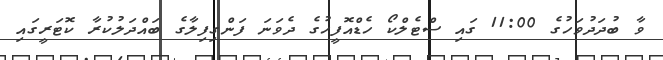
ވާ ބުދަދުވަހުގެ 11:00 ގައި ސްޓެލްކޯ ހެޑްއޮފީހުގެ ދެވަނަ ފަންގިފިލާގެ ބައްދަލުކުރާ ކޮޓަރީގައި